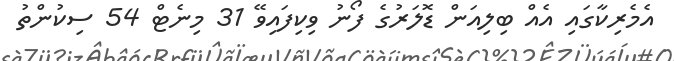
އެމެރިކާގައި އެއް ބިލިއަން ޑޮލަރުގެ ފޯނު ވިކިފައިވޭ 31 މިނެޓް 54 ސިކުންތު